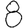
Digit: 8